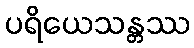
ပရိယေသန္တဿ